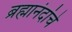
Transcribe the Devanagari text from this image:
ब्रह्मानंदांचे